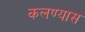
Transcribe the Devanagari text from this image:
कलण्यास